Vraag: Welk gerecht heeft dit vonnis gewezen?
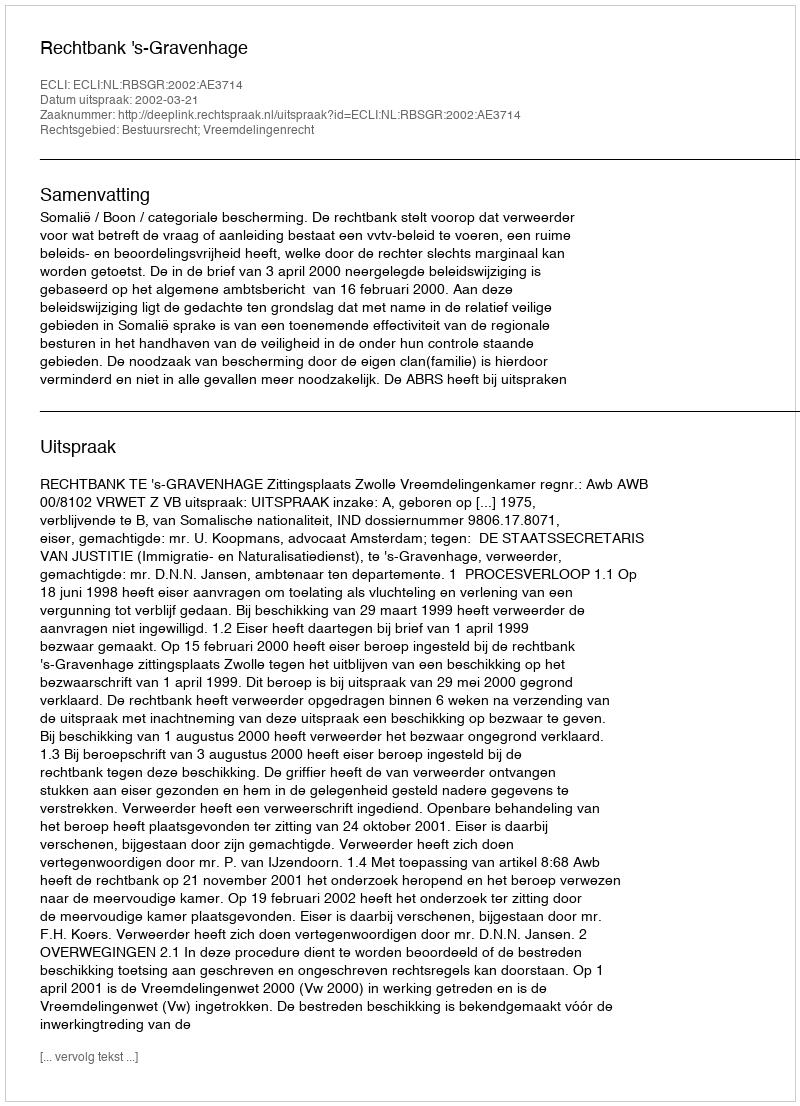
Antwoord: Rechtbank 's-Gravenhage